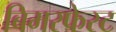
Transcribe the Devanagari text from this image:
बिमरफेस्ट